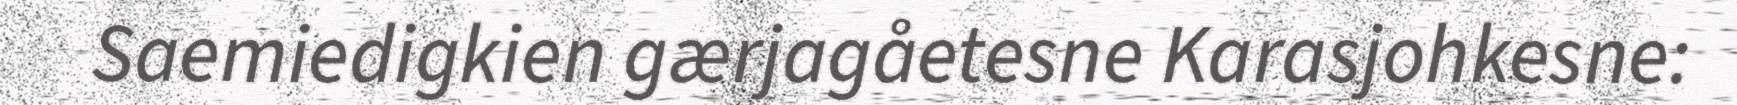
Saemiedigkien gærjagåetesne Karasjohkesne: